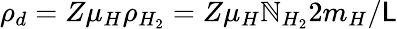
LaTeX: \rho_{d}=Z\mu_{H}\rho_{H_{2}}=Z\mu_{H}\mathbb{N}_{H_{2}}2m_{H}/\mathsf{L}